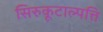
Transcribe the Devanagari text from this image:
सिरुकूटाल्पत्ति